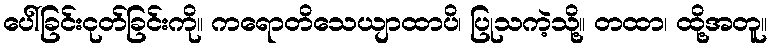
ပေါ်ခြင်းငုတ်ခြင်းကို။ ကရောတိသေယျာထာပိ၊ ပြုသကဲ့သို့။ တထာ၊ ထို့အတူ။